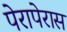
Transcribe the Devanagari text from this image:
पेरापेरास